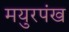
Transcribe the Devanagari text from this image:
मयुरपंख